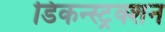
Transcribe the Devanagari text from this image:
डिकन्स्ट्रक्शन